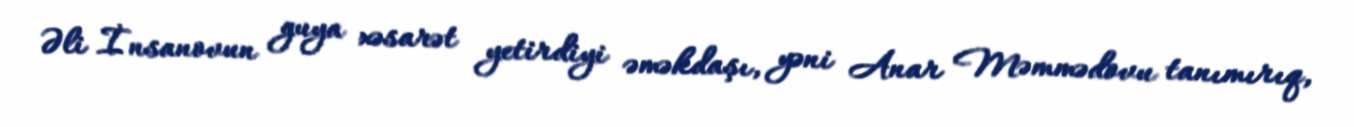
Əli İnsanovun guya xəsarət yetirdiyi əməkdaşı, yəni Anar Məmmədovu tanımırıq,